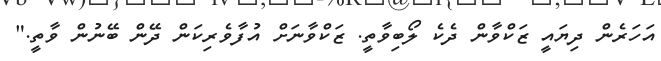
އަހަރެން ދިޔައީ ޒަކްވާން ދެކެ ލޯބިވާތީ. ޒަކްވާނަށް އުފާވެރިކަން ދޭން ބޭނުން ވާތީ."